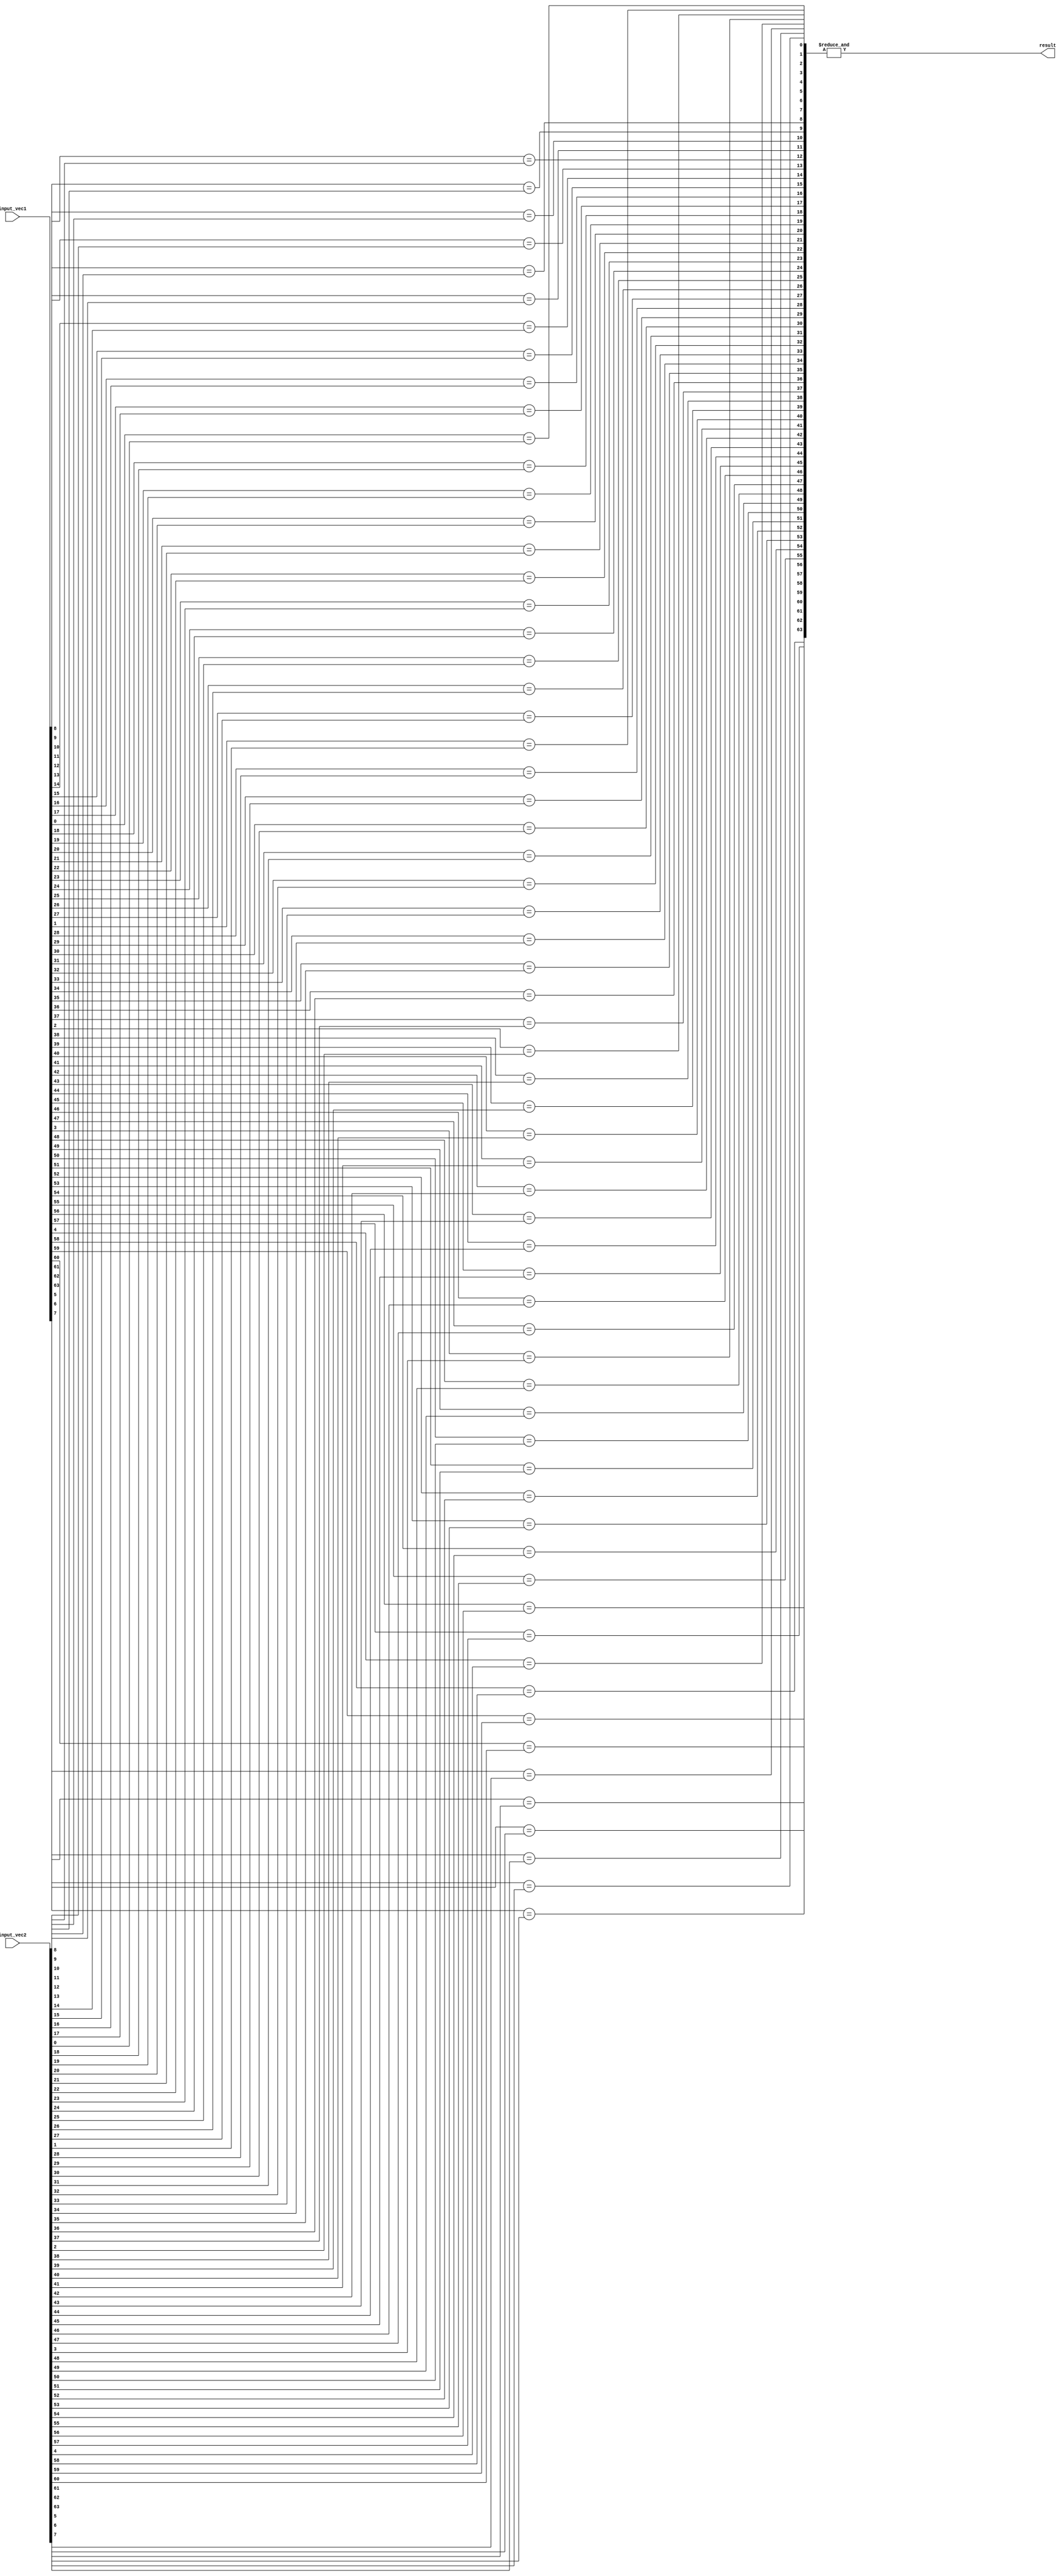
module comparator (
    input [63:0] input_vec1,
    input [63:0] input_vec2,
    output reg result
);

wire [63:0] eq_signals;

genvar i;
generate
    for (i = 0; i < 64; i = i + 1) begin : compare_blocks
        assign eq_signals[i] = (input_vec1[i] == input_vec2[i]);
    end
endgenerate

assign result = &eq_signals;

endmodule